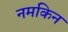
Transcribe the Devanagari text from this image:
नमकिन